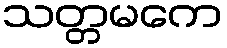
သတ္တမကေ